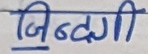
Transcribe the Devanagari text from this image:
जिंदगी